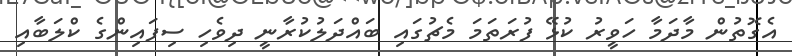
އެގޮތުން މާދަމާ ހަވީރު ކުޅޭ ފުރަތަމަ މެޗުގައި ބައްދަލުކުރާނީ ދިވެހި ސިފައިންގެ ކްލަބާއި